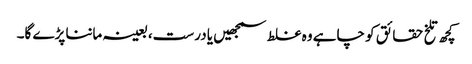
کچھ تلخ حقائق کو چاہے وہ غلط سمجھیں یا درست، بعینہ ماننا پڑے گا۔